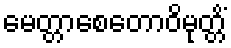
မေတ္တာစေတောဝိမုတ္တိံ